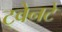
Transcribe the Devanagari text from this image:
ट्वेनटे